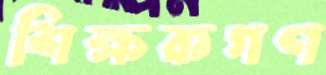
শিক্ষকগণ